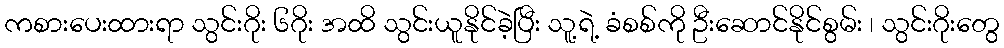
ကစားပေးထားရာ သွင်းဂိုး ၆ဂိုး အထိ သွင်းယူနိုင်ခဲ့ပြီး သူ့ရဲ့ ခံစစ်ကို ဦးဆောင်နိုင်စွမ်း ၊ သွင်းဂိုးတွေ